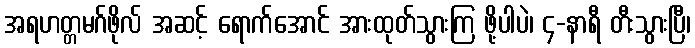
အရဟတ္တမဂ်ဖိုလ် အဆင့် ရောက်အောင် အားထုတ်သွားကြ ဖို့ပါပဲ၊ ၄-နာရီ တီးသွားပြီ၊